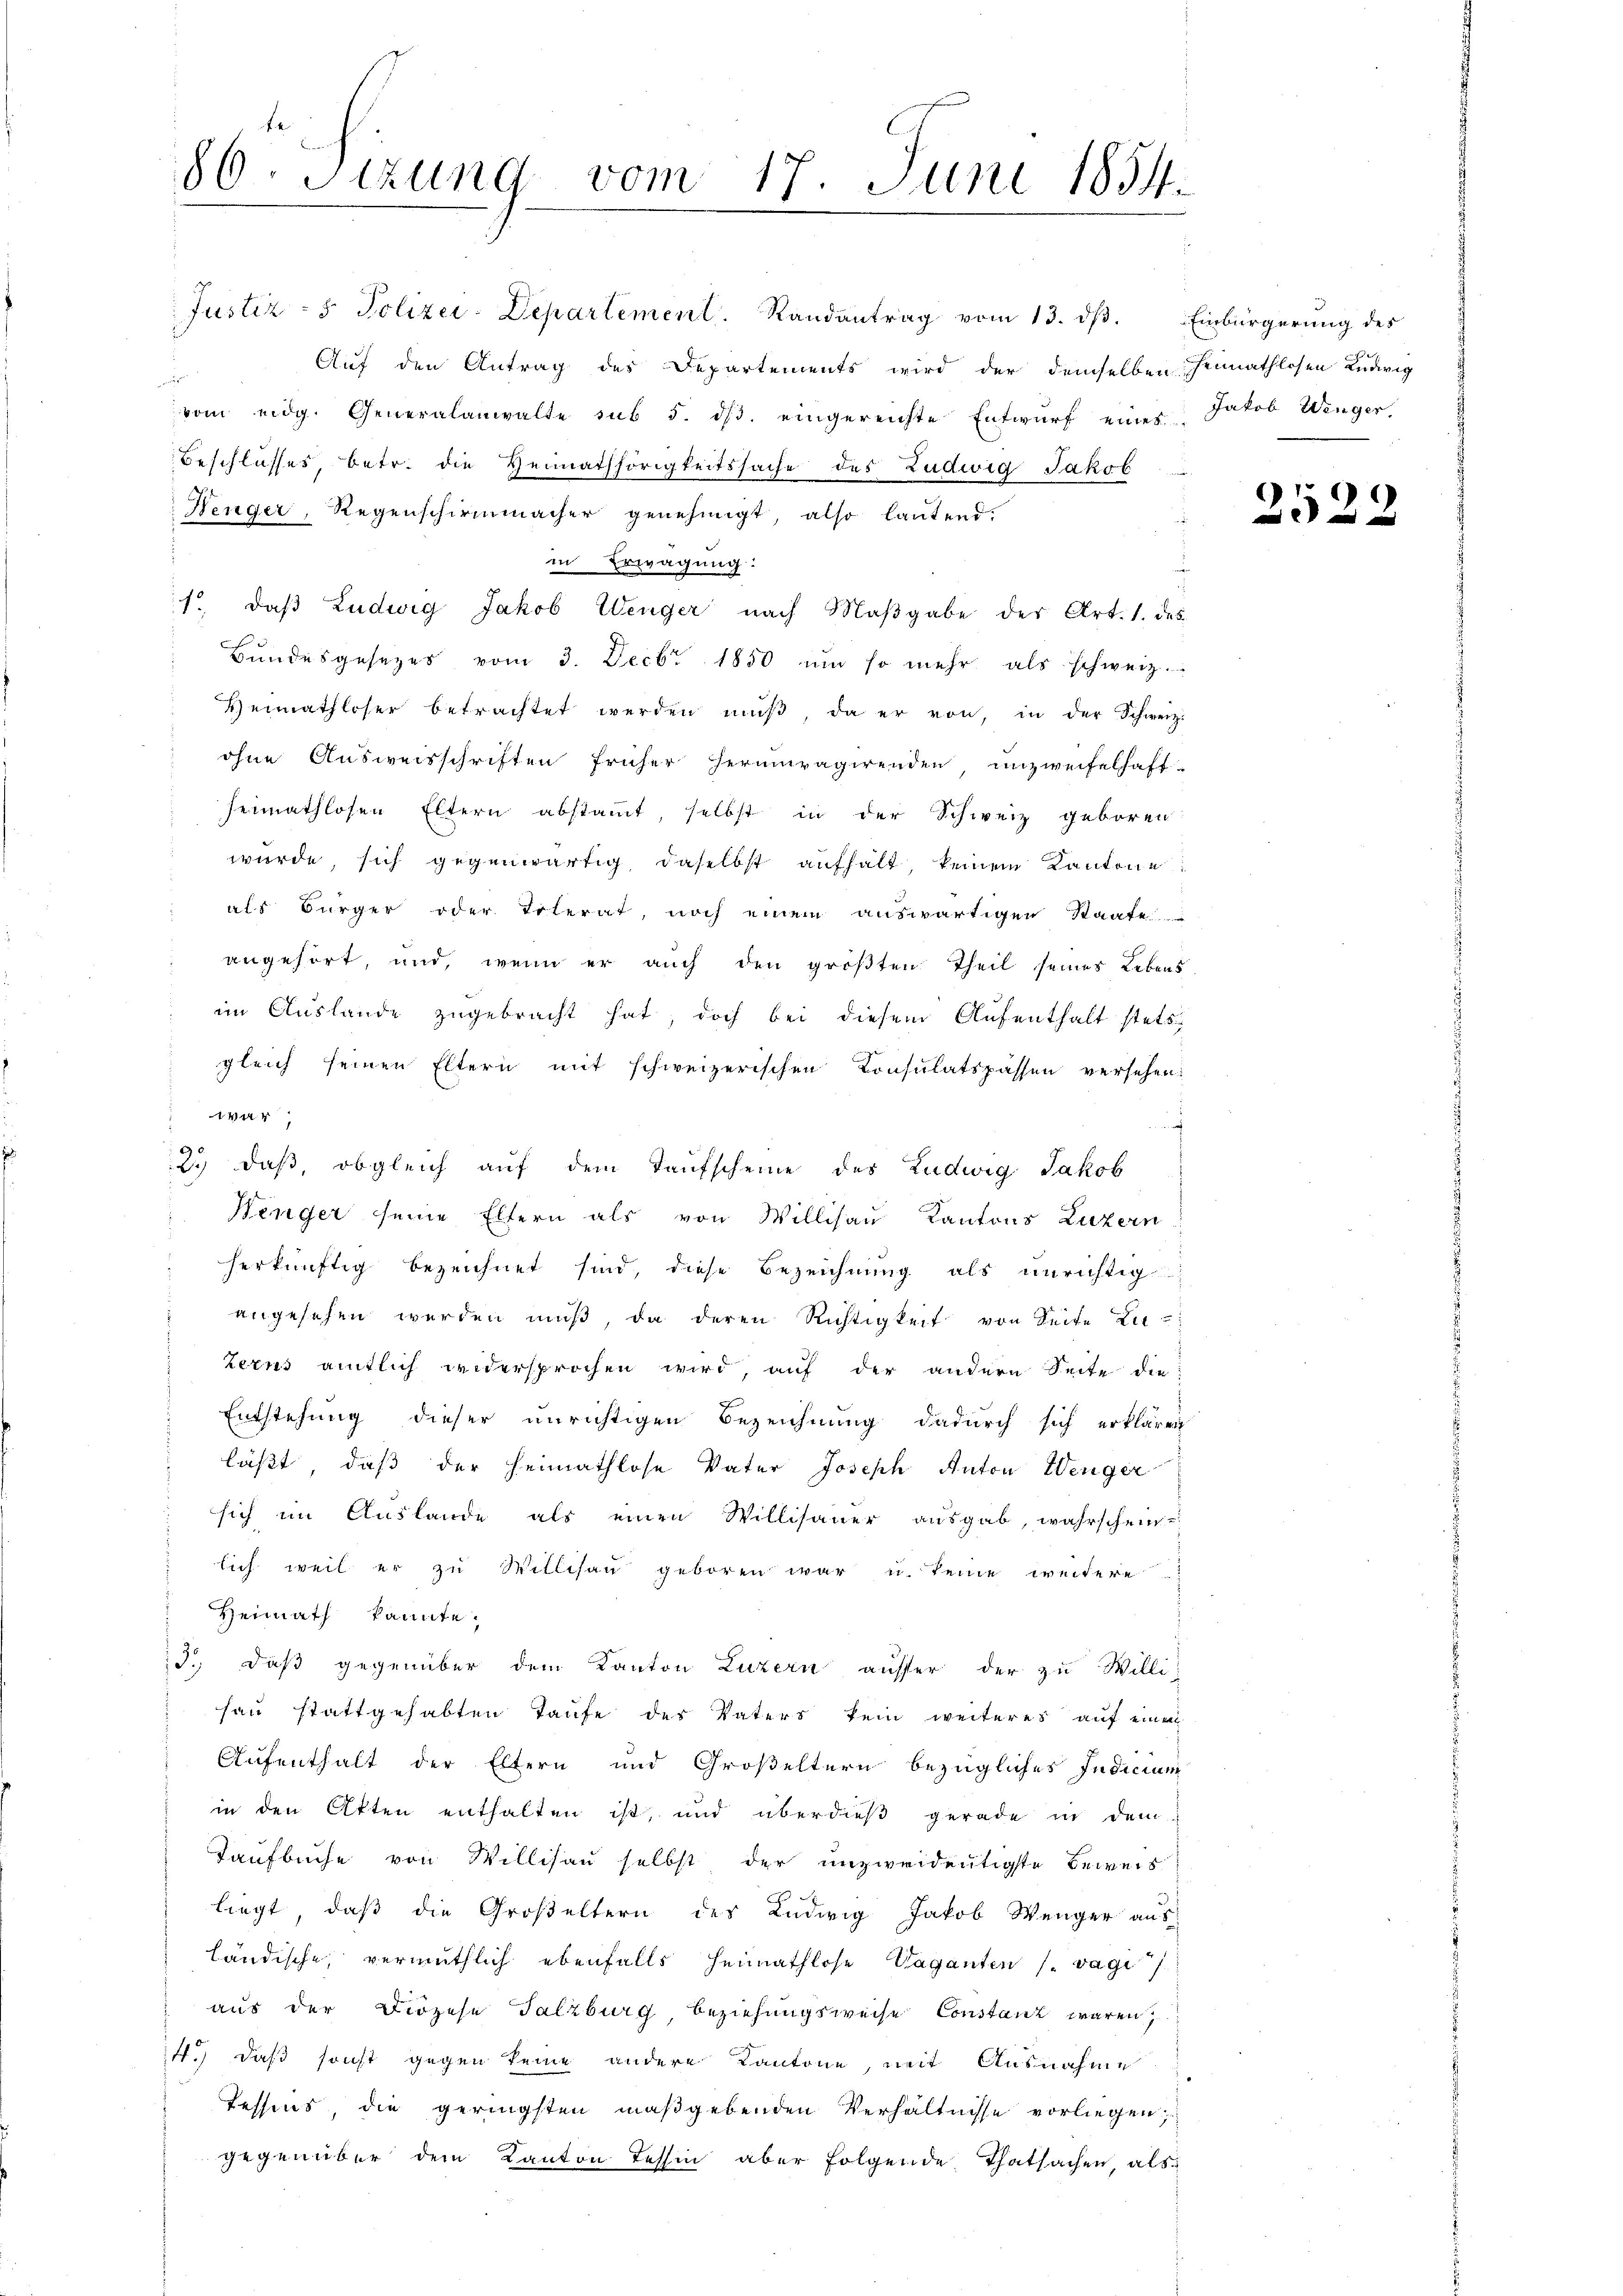
86. Sitzung vom 17. Juni 1854.

Justiz - 5. Polizei-Departement. Randantrag vom 13. dβ. Einbürgerung des
Auf den Antrag des Departements wird der demselben heimathlosen Ludwig
d
vom eidg. Generalanwalte sub 5. ds. eingereichte Entwurf eines Jakob Wenger.
Beschlusses, betr. die Heimathörigkeitssache des Ludwig Jakob
Nenger, Regenschirmmacher genehmigt, also lautend.
in Erwägung:
/ daβ Ludwig Jakob Wenger nach Maβgabe des Art. 1. des
Bundesgesezes vom 3. Decbr 1850 um so mehr als schweiz.
Heimathloser betrachtet werden mŭβ, da er von in der Schweiz.
ohne Ausweisschriften früher herumragirenden, unzweifelhaft-
heimathlosen Eltern abstamt, selbst in der Schweiz geboren:
würde, sich gegenwärtig, daselbst aufhält, keinem Kantone
als Bürger oder Tolerat, noch einem auswärtigen Staate
angehört, und, wenn er aŭch den gröβten Theil seines Lebens-
im Auslande zugebracht hat, doch bei diesem Aufenthalt stets
gleich seinen Eltern mit schweizerischen Consulatspassen versehen.
144
h
2.) daß, obgleich auf dem Taufscheine des Ludwig Jakob
Henger seine Eltern als von Willisau Kantons Luzern
herkünftig bezeichnet sind, diese Bezeichnung als unrichtig
angesehen werden mŭβ, da deren Richtigkeit von Seite Zu-
zerns amtlich widersprochen wird, auf der andern Seite die
Entstehung dieser unrichtigen Bezeichnung dadurch sich erklären
läßt, daß der Heimathlose Vater Joseph Anton Werger
sich im Auslande als einen Willisauer ausgab, wahrschein-
lich weil er zu Willisau geboren war u. keine weitere
Heimath kannte.
3.) Daß gegenüber dem Kanton Luzern ausser der zu Willi-
fau stattgehabten Taufe des Vaters kein weiteres auf einen
Aufenthalt der Eltern und Großeltern bezügliches Indicium
in den Akten enthalten ist, und überdieß gerade in dem
Taufbuche von Willisau selbst, der unzweideutigste Beweis
3
liegt, daß die Großeltern des Ludwig Jakob Wenger aus
ländische, vermuthlich ebenfalls Heimathlose Vaganten (vagi/
aus der Diözese Salzburg, Beziehungsweise Constanz waren,
14.) daß sonst gegen keine andere Kantone, mit Ausnahme
Tessins, die geringsten maßgebenden Verhältnisse vorliegen,
gegenüber dem Kanton Tessin aber folgende Thatsachen, als

2522